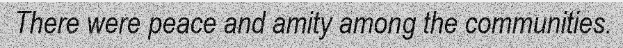
There were peace and amity among the communities.